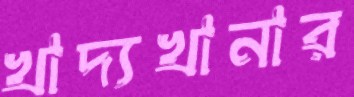
খাদ্যখানার